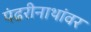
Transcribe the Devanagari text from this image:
पंढरीनाथांवर